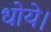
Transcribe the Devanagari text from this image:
धोये।